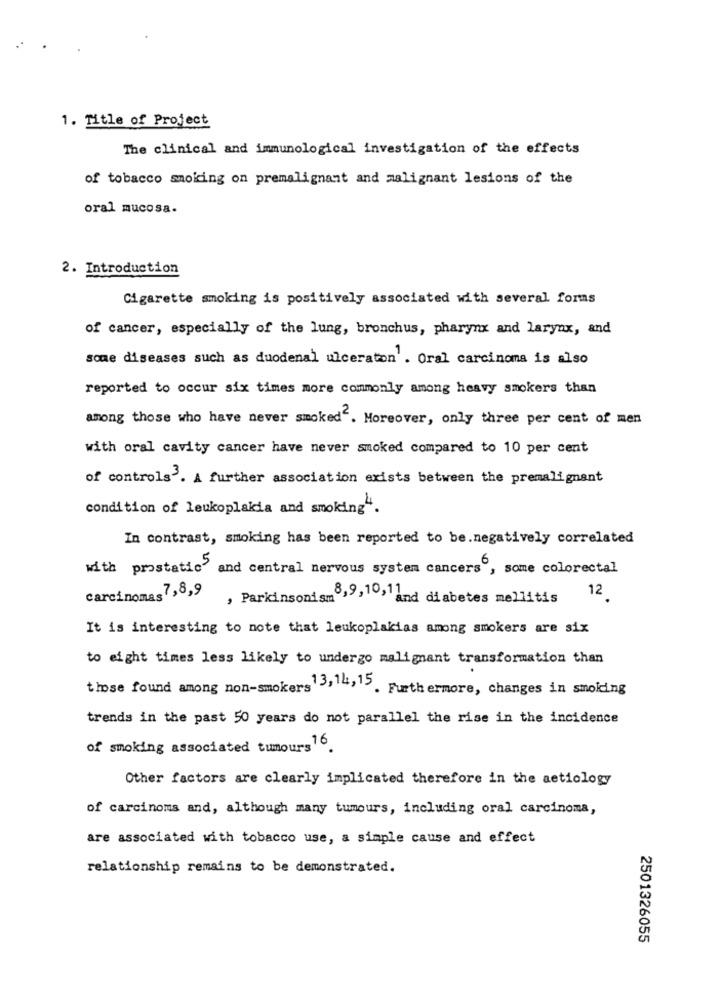
1. Title of Project
The clinical and immunological investigation of the effects
of tobacco smoking on premalignant and malignant lesions of the
oral mucosa.
2. Introduction
Cigarette smoking is positively associated with several forms
of cancer, especially of the lung, bronchus, pharynx and larynx, and
some diseases such as duodenal ulceration . Oral carcinoma is also
reported to occur six times more commonly among heavy smokers than
among those who have never smoked". Moreover, only three per cent of men
with oral cavity cancer have never smoked compared to 10 per cent
of controls'. A further association exists between the premalignant
condition of leukoplakia and smoking".
In contrast, smoking has been reported to be.negatively correlated
with prostatic and central nervous system cancers , some colorectal
carcinomas7,8,9
, Parkinsonism8,9,10,11
'and diabetes mellitis 12.
It is interesting to note that leukoplakias among smokers are six
to eight times less likely to undergo malignant transformation than
those found among non-smokers >14,15. Furthermore, changes in smoking
trends in the past 50 years do not parallel the rise in the incidence
of smoking associated tumours .
Other factors are clearly implicated therefore in the aetiology
of carcinoma and, although many tumours, including oral carcinoma,
are associated with tobacco use, a simple cause and effect
relationship remains to be demonstrated.
2501326055